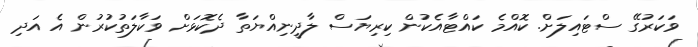
ވަކަރުގޭ ސްޓައިލަށް. ކޮއްމެ ކައްޓާއެކުން ކިރިޔަސް ލާދީނިއްޔަތާ ދެކޮޅަށް ވަކާލަތުކުރުން އެ އަދި